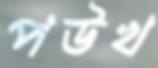
পউখ